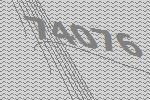
74076